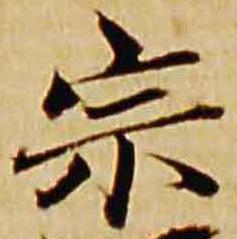
宗